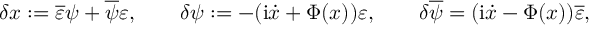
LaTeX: \delta x : = \overline { { { \varepsilon } } } \psi + \overline { { { \psi } } } \varepsilon , \qquad \delta \psi : = - ( \mathrm { i } \dot { x } + \Phi ( x ) ) \varepsilon , \qquad \delta \overline { { { \psi } } } = ( \mathrm { i } \dot { x } - \Phi ( x ) ) \overline { { { \varepsilon } } } ,